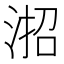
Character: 𪶎